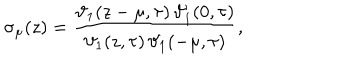
\sigma _ { \mu } ( z ) = \frac { \vartheta _ { 1 } ( z - \mu , \tau ) \, \vartheta _ { 1 } ^ { \prime } ( 0 , \tau ) } { \vartheta _ { 1 } ( z , \tau ) \, \vartheta _ { 1 } ( - \mu , \tau ) } ,